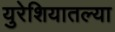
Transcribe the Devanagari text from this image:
युरेशियातल्या